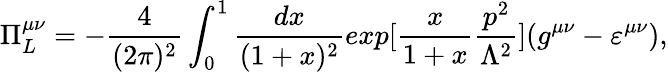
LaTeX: \Pi_{L}^{\mu\nu}=-\frac{4}{(2\pi)^{2}}\int_{0}^{1}\frac{dx}{(1+x)^{2}}exp[\frac{x}{1+x}\frac{p^{2}}{\Lambda^{2}}](g^{\mu\nu}-\varepsilon^{\mu\nu}),